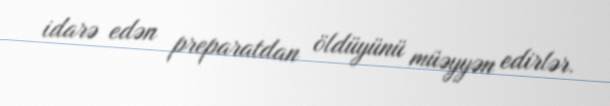
idarə edən preparatdan öldüyünü müəyyən edirlər.